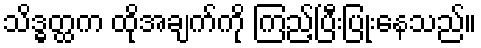
သိဒ္ဓတ္ထက ထိုအချက်ကို ကြည့်ပြီးပြုံးနေသည်။